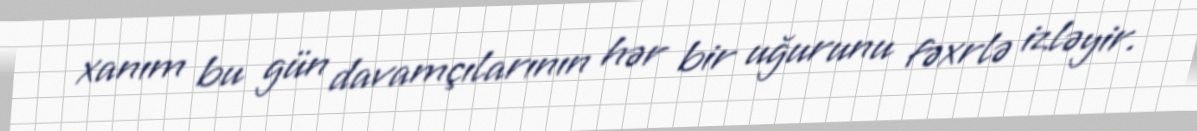
xanım bu gün davamçılarının hər bir uğurunu fəxrlə izləyir.